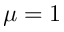
\mu = 1